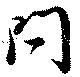
問